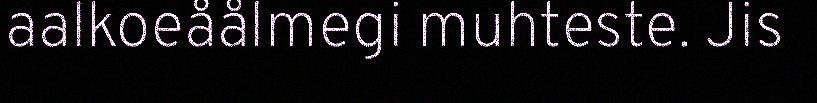
aalkoeåålmegi muhteste. Jis